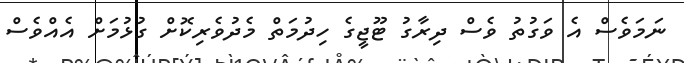
ނަމަވެސް އެ ވަގުތު ވެސް ދިރާގު ޓޫޖީގެ ހިދުމަތް މެދުވެރިކޮށް ގުޅުމަށް އެއްވެސް